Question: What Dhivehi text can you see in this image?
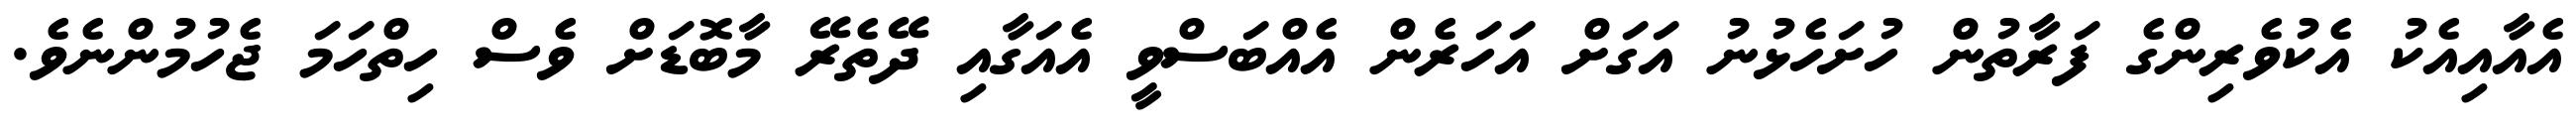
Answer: އެއާއިއެކު އެކުވެރިންގެ ފަރާތުން ހުށަހެޅުނު އަގަށް އަހަރެން އެއްބަސްވީ އެއަގާއި ދޭތެރޭ މާބޮޑަށް ވެސް ހިތްހަމަ ޖެހުމުންނެވެ.